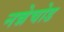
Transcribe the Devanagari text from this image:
नन्नेचोड